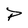
Character: P